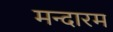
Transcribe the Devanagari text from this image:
मन्दारम